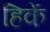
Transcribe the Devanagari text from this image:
हिकें